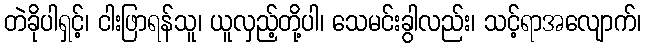
တဲခိုပါရှင့်၊ ငါးဖြာရန်သူ၊ ယူလှည့်တို့ပါ၊ သေမင်းခွါလည်း၊ သင့်ရာအလျောက်၊